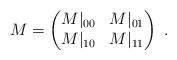
LaTeX: \begin{align*}M=\begin{pmatrix}M\rvert_{00}&M\rvert_{01}\\M\rvert_{10}&M\rvert_{11}\end{pmatrix}\;.\end{align*}